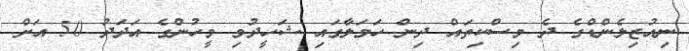
ނިއުޒިލެންޑްގެ ދެ މިސްކިތައް ދިން ހަމަލާގައި ޝަހީދުވި މީހުންގެ އަދަދު 50 އަށް